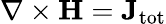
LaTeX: \nabla\times\mathbf{H}=\mathbf{J}_{\mathrm{{tot}}}